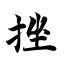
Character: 挫